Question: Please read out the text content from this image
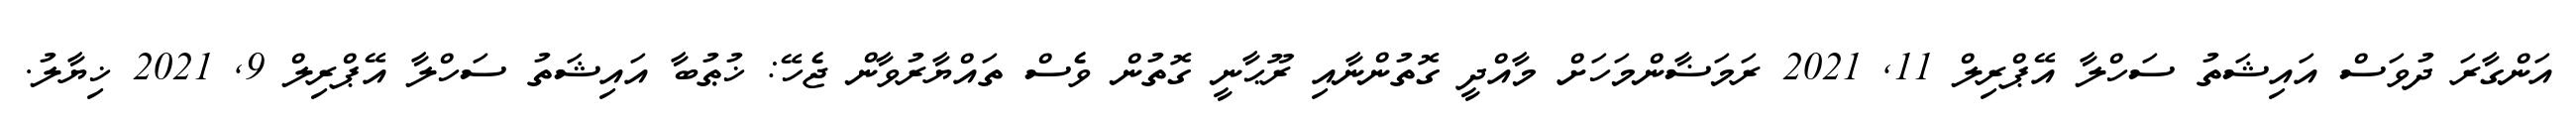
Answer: އަންގާރަ ދުވަސް އައިޝަތު ސަހްލާ އޭޕްރިލް 11, 2021 ރަމަޟާންމަހަށް މާއްދީ ގޮތުންނާއި ރޫޙާނީ ގޮތުން ވެސް ތައްޔާރުވާން ޖެހޭ: ޚުޠުބާ އައިޝަތު ސަހްލާ އޭޕްރިލް 9, 2021 ޚިޔާލު.